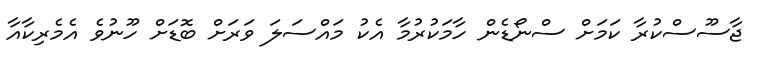
ޖާސޫސްކުރާ ކަމަށް ސްނޯޑެން ހާމަކުރުމާ އެކު މައްސަލަ ވަރަށް ބޮޑަށް ހޫނުވެ އެމެރިކާއާ